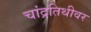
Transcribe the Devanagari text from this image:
चांद्रतिथीवर